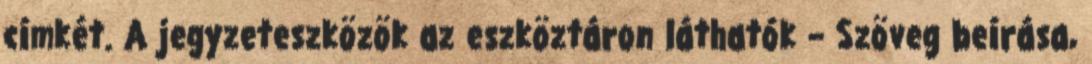
címkét. A jegyzeteszközök az eszköztáron láthatók – Szöveg beírása,